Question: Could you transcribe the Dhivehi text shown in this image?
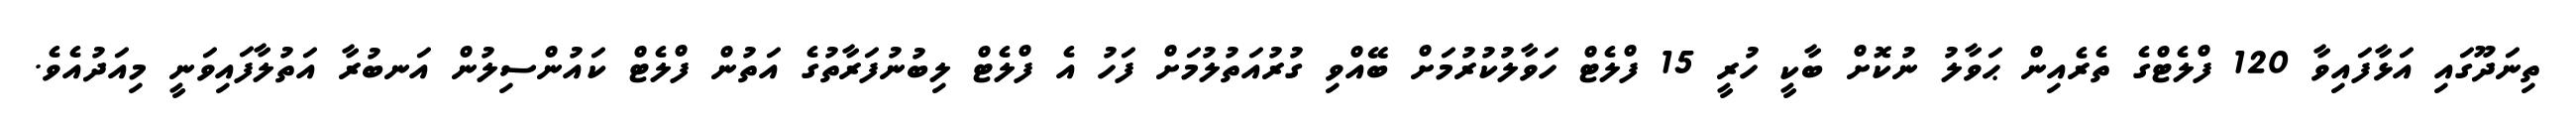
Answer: ތިނަދޫގައި އަޅާފައިވާ 120 ފްލެޓްގެ ތެރެއިން ޙަވާލު ނުކޮށް ބާކީ ހުރީ 15 ފްލެޓް ހަވާލުކުރުމަށް ބޭއްވި ގުރުއަތުލުމަށް ފަހު އެ ފްލެޓް ލިބުނުފަރާތުގެ އަތުން ފްލެޓް ކައުންސިލުން އަނބުރާ އަތުލާފައިވަނީ މިއަދުއެވެ.